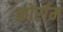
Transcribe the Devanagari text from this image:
कोर्राम